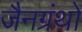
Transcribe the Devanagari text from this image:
जैनग्रंथो